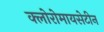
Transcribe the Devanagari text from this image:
क्लोरोमायसेटीन